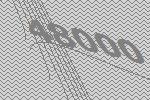
48000